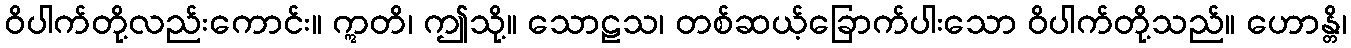
ဝိပါက်တို့လည်းကောင်း။ ဣတိ၊ ဤသို့။ သောဠသ၊ တစ်ဆယ့်ခြောက်ပါးသော ဝိပါက်တို့သည်။ ဟောန္တိ၊